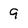
Character: 9